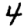
Digit: 4